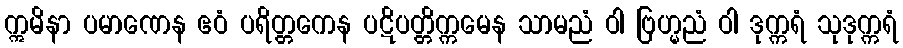
ဣမိနာ ပမာဏေန ဧဝံ ပရိတ္တကေန ပဋိပတ္တိက္ကမေန သာမညံ ဝါ ဗြဟ္မညံ ဝါ ဒုက္ကရံ သုဒုက္ကရံ